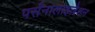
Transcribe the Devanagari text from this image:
पर्सनालाइज़ेशन